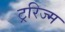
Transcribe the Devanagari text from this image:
ट्ररिज्म